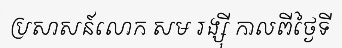
ប្រសាសន៍លោក សម រង្ស៊ី កាលពីថ្ងៃទី